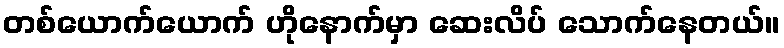
တစ်ယောက်ယောက် ဟိုနောက်မှာ ဆေးလိပ် သောက်နေတယ်။